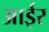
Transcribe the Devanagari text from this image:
आईर